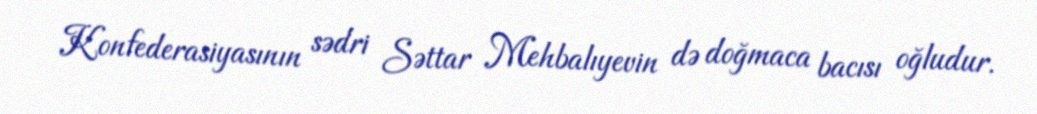
Konfederasiyasının sədri Səttar Mehbalıyevin də doğmaca bacısı oğludur.